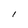
Character: l